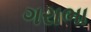
ગરાભા